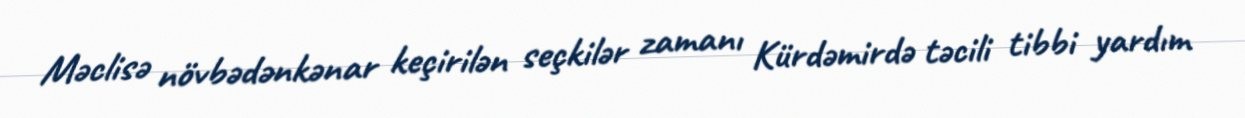
Məclisə növbədənkənar keçirilən seçkilər zamanı Kürdəmirdə təcili tibbi yardım